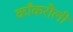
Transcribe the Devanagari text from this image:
काँकरौली